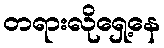
တရားလိုရှေ့နေ